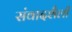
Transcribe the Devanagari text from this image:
संवादशैली